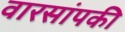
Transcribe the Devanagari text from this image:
वारसांपकी